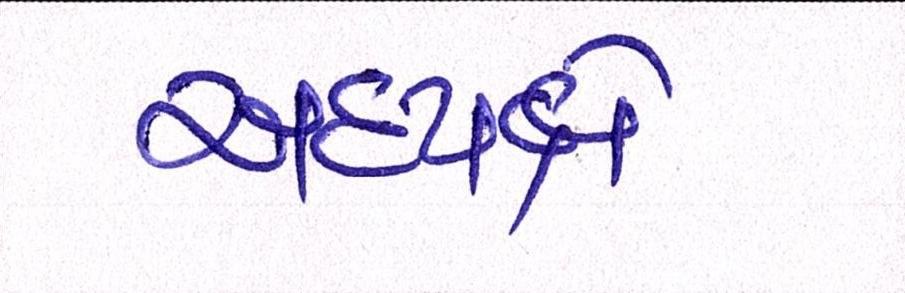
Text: અધ્યક્ષે